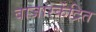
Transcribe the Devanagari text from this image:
बाजारकेंद्रित